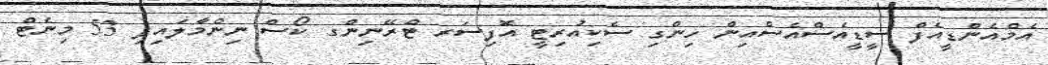
އެމްއެންޑީއެފް ސީޑީއެސްއެސްއިން ހިންގި ސެކިއުރިޓީ އޮފިސަރ ޓްރޭނިންގ ކޯސް ނިންމާލައިފި 53 މިނެޓް